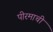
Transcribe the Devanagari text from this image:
पीरमाची